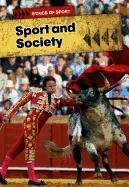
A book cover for Sports and Society (Ethics of Sports); Scott Witmer; Teen & Young Adult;